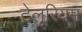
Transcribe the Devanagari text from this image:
टेलूरियम